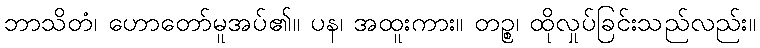
ဘာသိတံ၊ ဟောတော်မူအပ်၏။ ပန၊ အထူးကား။ တဉ္စ၊ ထိုလှုပ်ခြင်းသည်လည်း။